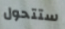
ستتحول